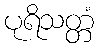
ပုရိသတ္တံ